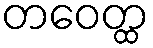
တဝေတ္ထ